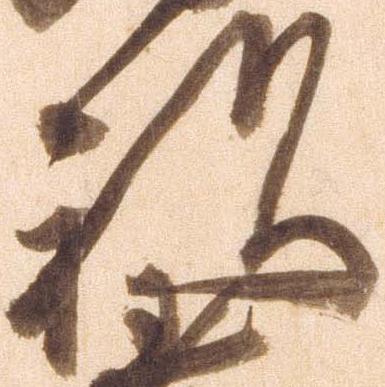
祝